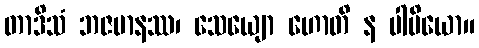
တာဒိသံ ဘဇမာနဿ၊ သေယျော ဟောတိ န ပါပိယော။